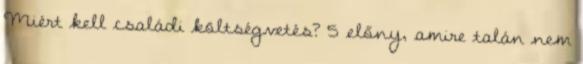
Miért kell családi költségvetés? 5 előny, amire talán nem